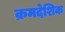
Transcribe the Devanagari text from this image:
क्रमदेशिक